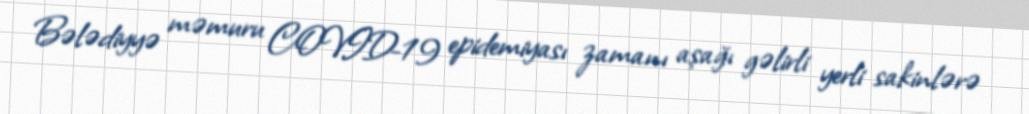
Bələdiyyə məmuru COVID-19 epidemiyası zamanı aşağı gəlirli yerli sakinlərə